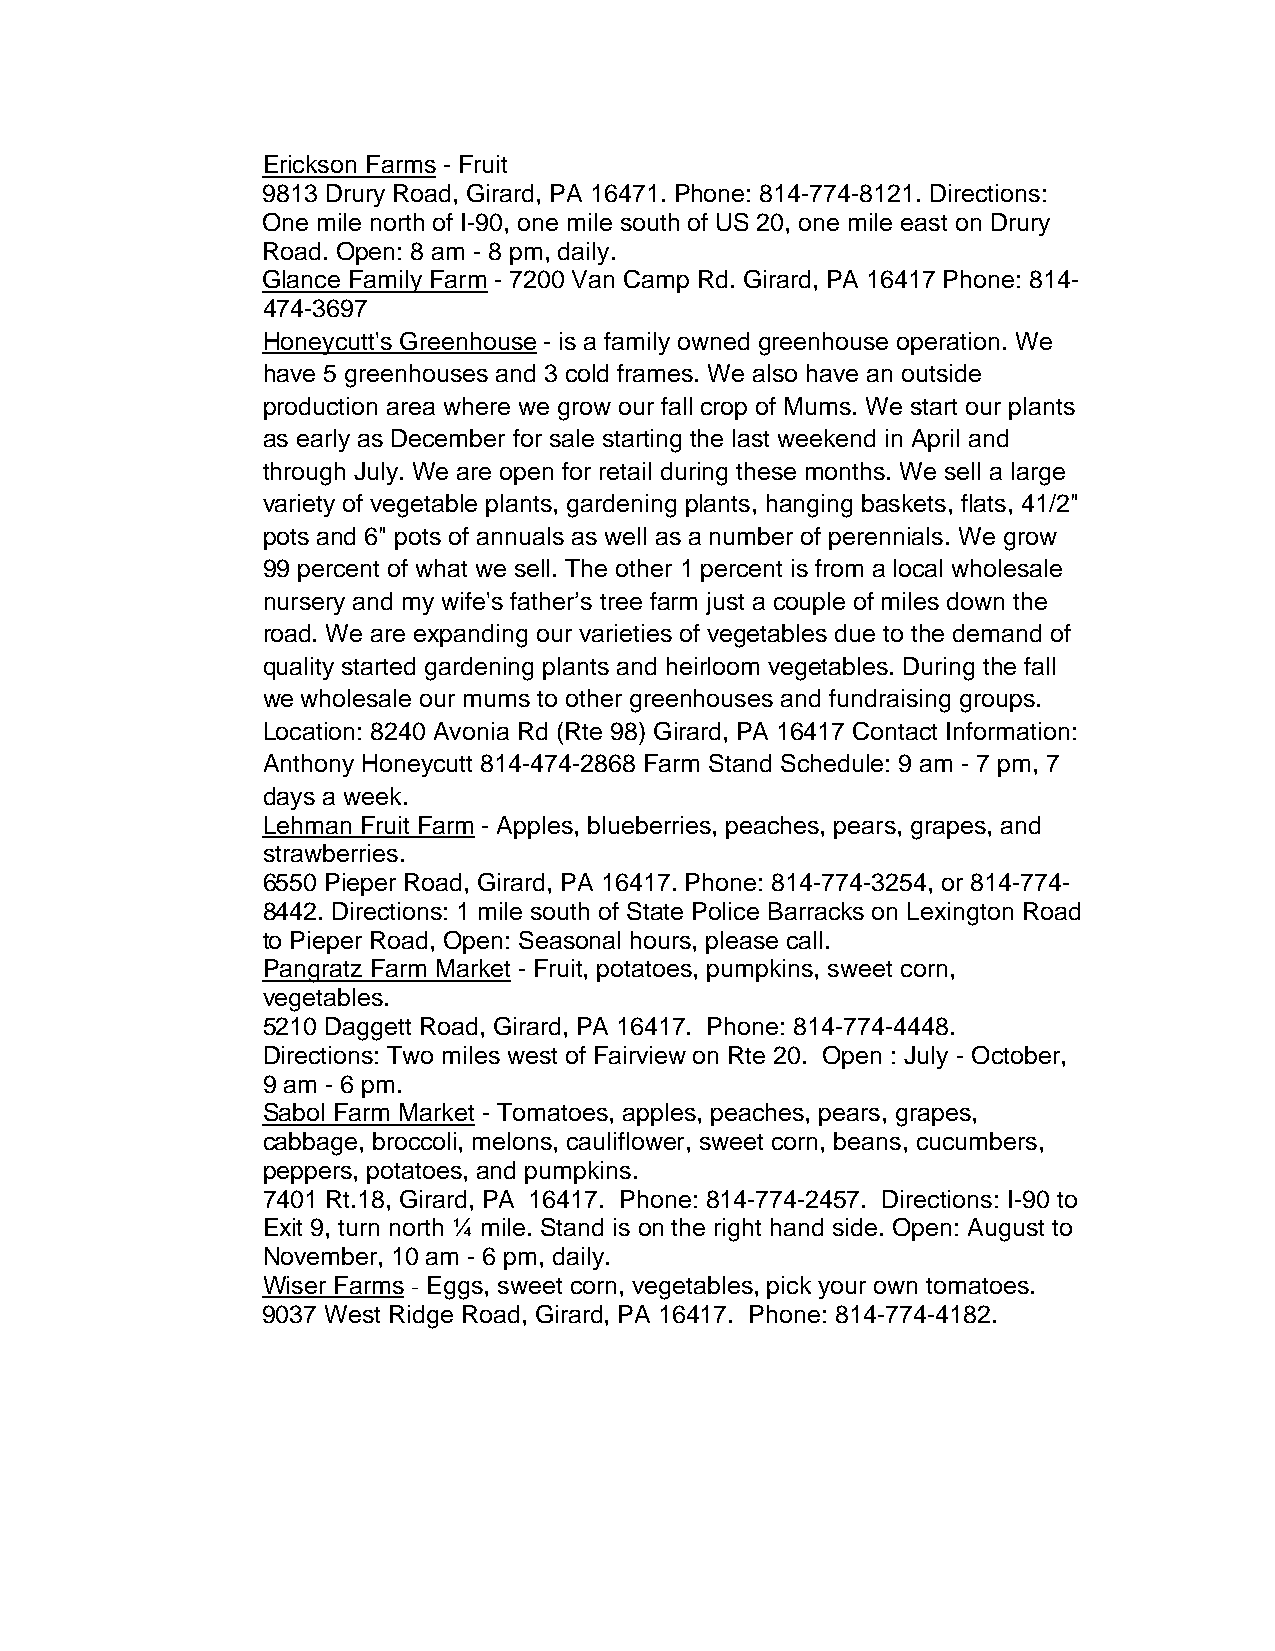
Erickson Farms - Fruit
 9813 Drury Road, Girard, PA 16471. Phone: 814-774-8121. Directions:
 One mile north of I-90, one mile south of US 20, one mile east on Drury
 Road. Open: 8 am - 8 pm, daily.
 Glance Family Farm - 7200 Van Camp Rd. Girard, PA 16417 Phone: 814-
 474-3697
 Honeycutt's Greenhouse - is a family owned greenhouse operation. We
 have 5 greenhouses and 3 cold frames. We also have an outside
 production area where we grow our fall crop of Mums. We start our plants
 as early as December for sale starting the last weekend in April and
 through July. We are open for retail during these months. We sell a large
 variety of vegetable plants, gardening plants, hanging baskets, flats, 41/2"
 pots and 6" pots of annuals as well as a number of perennials. We grow
 99 percent of what we sell. The other 1 percent is from a local wholesale
 nursery and my wife's father’s tree farm just a couple of miles down the
 road. We are expanding our varieties of vegetables due to the demand of
 quality started gardening plants and heirloom vegetables. During the fall
 we wholesale our mums to other greenhouses and fundraising groups.
 Location: 8240 Avonia Rd (Rte 98) Girard, PA 16417 Contact Information:
 Anthony Honeycutt 814-474-2868 Farm Stand Schedule: 9 am - 7 pm, 7
 days a week.
 Lehman Fruit Farm - Apples, blueberries, peaches, pears, grapes, and
 strawberries.
 6550 Pieper Road, Girard, PA 16417. Phone: 814-774-3254, or 814-774-
 8442. Directions: 1 mile south of State Police Barracks on Lexington Road
 to Pieper Road, Open: Seasonal hours, please call.
 Pangratz Farm Market - Fruit, potatoes, pumpkins, sweet corn,
 vegetables.
 5210 Daggett Road, Girard, PA 16417. Phone: 814-774-4448.
 Directions: Two miles west of Fairview on Rte 20. Open : July - October,
 9 am - 6 pm.
 Sabol Farm Market - Tomatoes, apples, peaches, pears, grapes,
 cabbage, broccoli, melons, cauliflower, sweet corn, beans, cucumbers,
 peppers, potatoes, and pumpkins.
 7401 Rt.18, Girard, PA 16417. Phone: 814-774-2457. Directions: I-90 to
 Exit 9, turn north ¼ mile. Stand is on the right hand side. Open: August to
 November, 10 am - 6 pm, daily.
 Wiser Farms - Eggs, sweet corn, vegetables, pick your own tomatoes.
 9037 West Ridge Road, Girard, PA 16417. Phone: 814-774-4182.